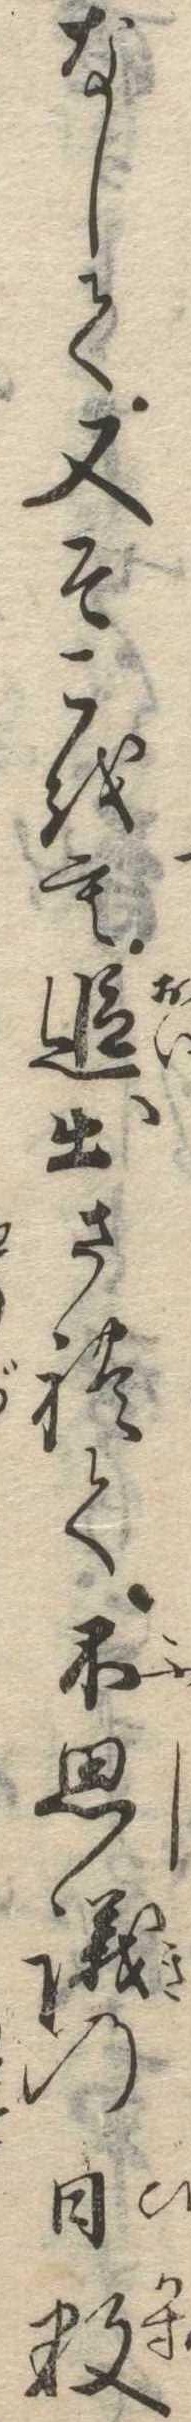
なして又そこをも追出されて不思議の日数